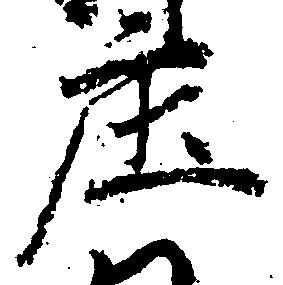
庄